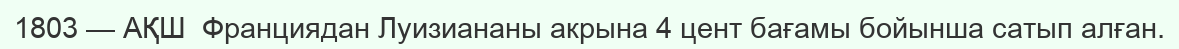
1803 — АҚШ  Франциядан Луизиананы акрына 4 цент бағамы бойынша сатып алған.